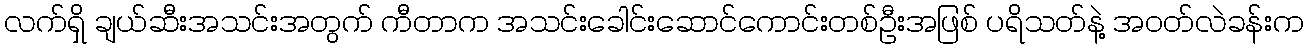
လက်ရှိ ချယ်ဆီးအသင်းအတွက် ကီတာက အသင်းခေါင်းဆောင်ကောင်းတစ်ဦးအဖြစ် ပရိသတ်နဲ့ အဝတ်လဲခန်းက